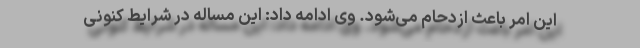
این امر باعث ازدحام می‌شود. وی ادامه داد: این مساله در شرایط کنونی